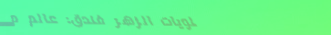
حلويات الزهر فندق: عالم م